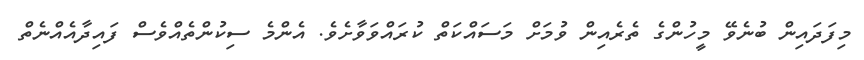
މިފަދައިން ބުނެވޭ މީހުންގެ ތެރެއިން ވުމަށް މަސައްކަތް ކުރައްވަވާށެވެ. އެންމެ ސިކުންތެއްވެސް ފައިދާއެއްނެތް